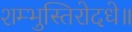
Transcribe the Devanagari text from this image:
शम्भुस्तिरोदधे॥